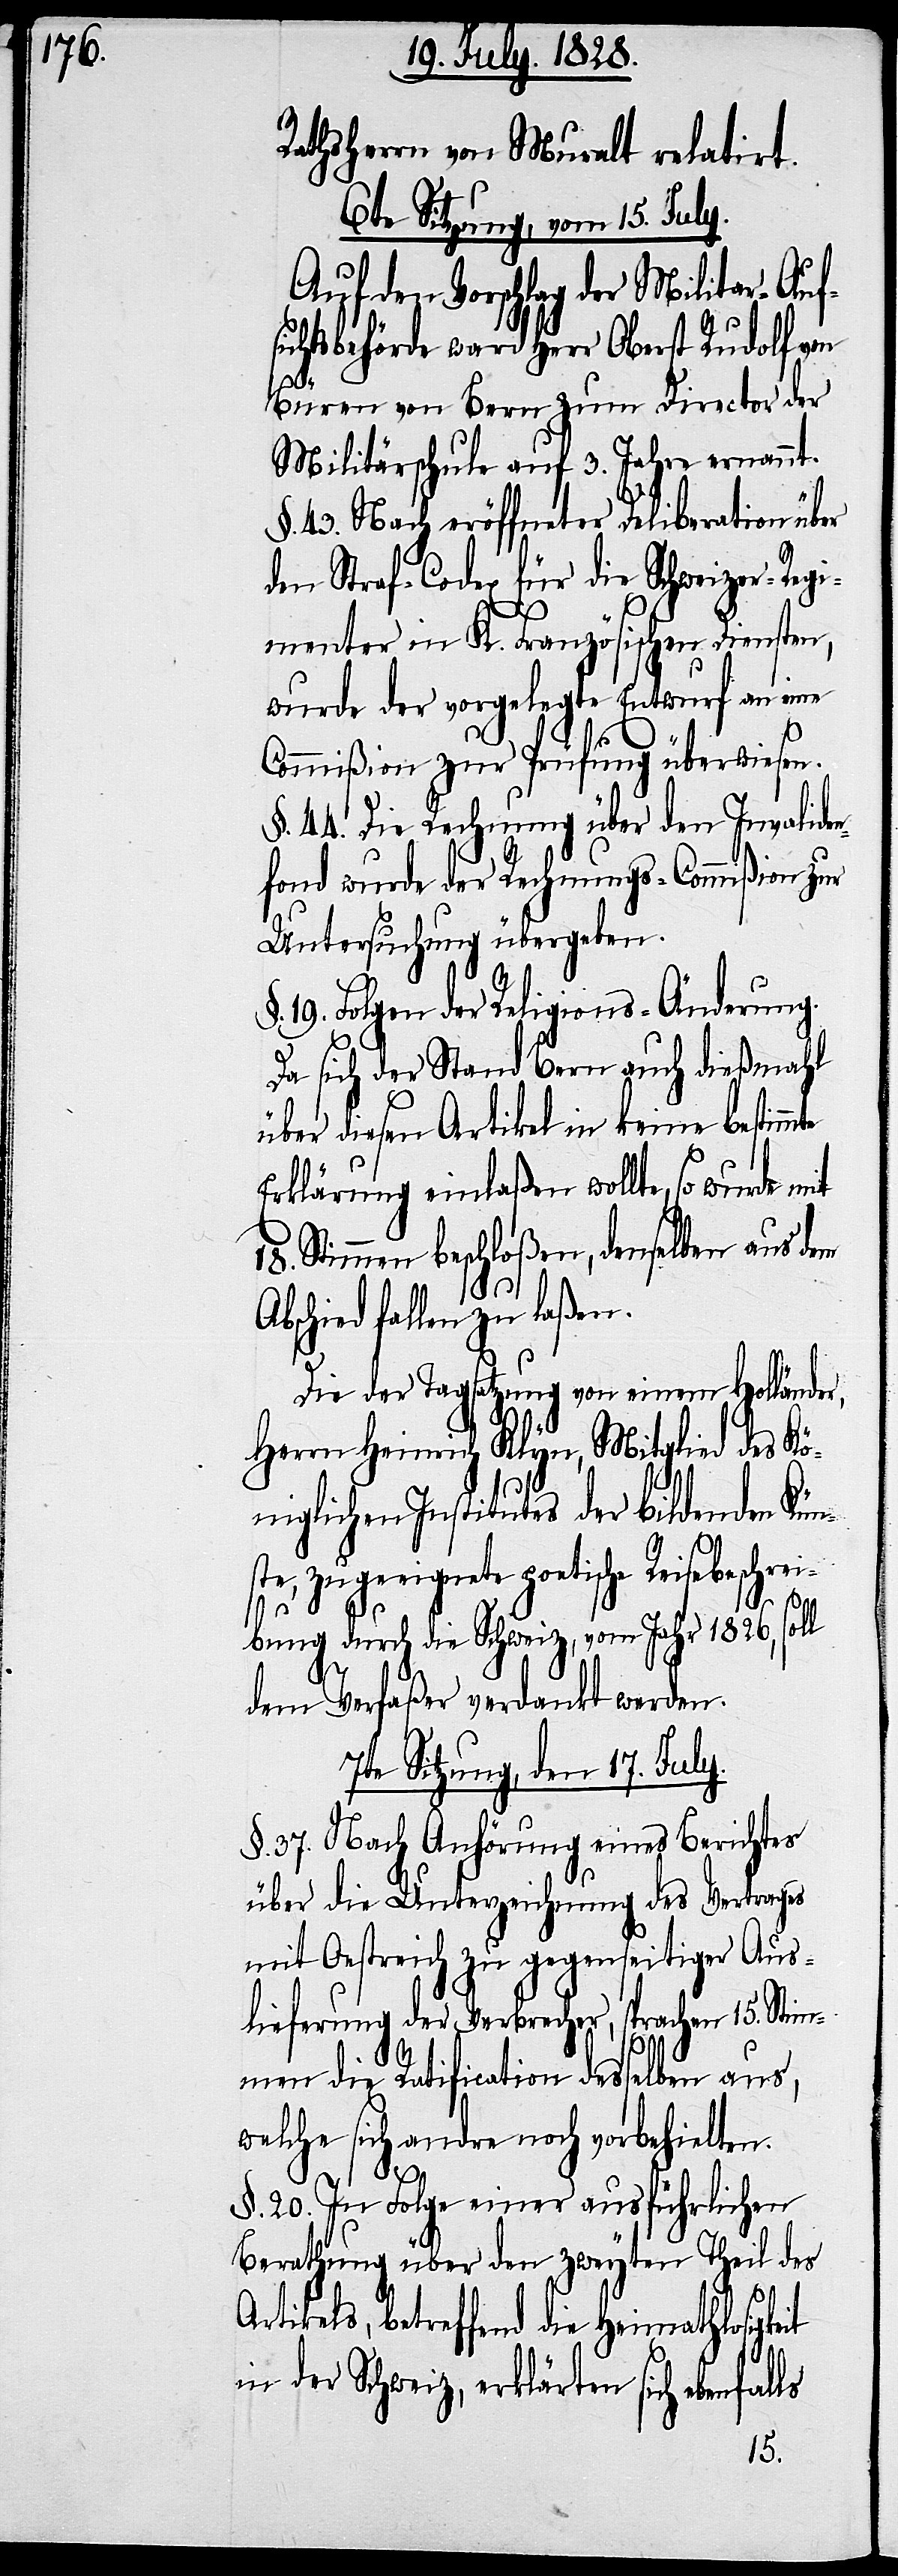
Rathsherrn von Muralt relatirt.
6te Sitzung, vom 15. July.
Auf den Vorschlag der Militar-Aufs¬
ichtsbehörde ward Herr Obert Rudolf von
Büren von Bern zum Director der
Militärschule auf 3. Jahre ernannt.
§. 43. Nach eröffneter Deliberation über
den Straf-Codex für die Schweizer-Regi¬
menter in K. Französischen Diensten,
wurde der vorgelegte Entwurf an eine
Commißion zur Prüfung überwiesen.
§. 44. Die Rechnung über den Invalide¬
nfond wurde der Rechnungs-Commißion zur
Untersuchung übergeben.
19. Folgen der Religions-Änderung.
Da sich der Stand Bern auch dießmahl
über diesen Artikel in keine bestim¬
Erklärung einlaßen wollte, so wurde mit
18. Stimmen beschloßen, denselben aus dem
Abschied fallen zu laßen.
Die der Tagsatzung von einem Hollände¬
Herrn Heinrich Klyn, Mitglied des Kö¬
niglichen Institutes der bildenden Kün¬
ls
ste, zugeeignete poetische Reisebeschrei¬
bung durch die Schweiz, vom Jahr 1826, soll
dem Verfaßer verdankt werden.
7te Sitzung, den 17. July
§. 37. Nach Anhörung eines Berichtes
über die Unterzeichnung des Vertrages
mit Oestreich zu gegenseitiger Aus¬
lieferung der Verbrecher, sprachen 15. Stim¬
men die Ratification desselben aus,
welche sich andre noch vorbehielten.
§. 20. In Folge einer ausführlichen
Berathung über den zweyten Theil des
Artikels, betreffend die Heimathlosigkeit
in der Schweiz, erklärten sich ebenfal¬